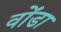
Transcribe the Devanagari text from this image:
वोंडा